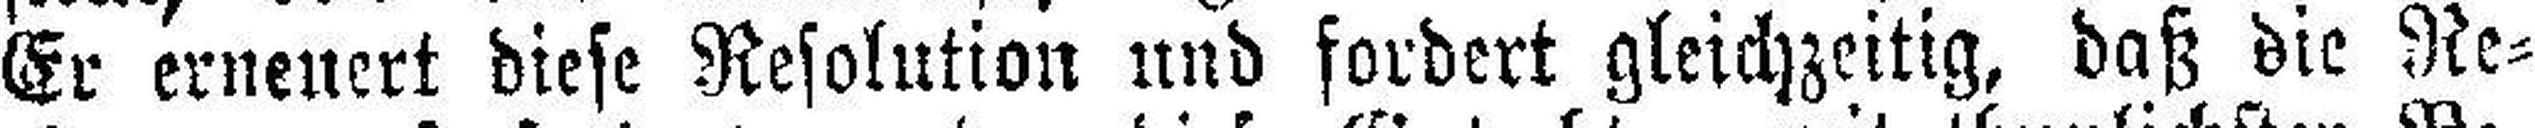
Er erneuert diese Resolution und fordert gleichzeitig, daß die Re¬